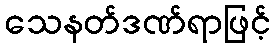
သေနတ်ဒဏ်ရာဖြင့်